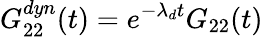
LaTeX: G_{22}^{dyn}(t)=e^{-\lambda_{d}t}G_{22}(t)